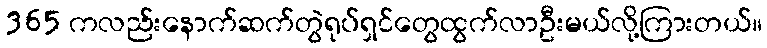
365 ကလည်းနောက်ဆက်တွဲရုပ်ရှင်တွေထွက်လာဦးမယ်လို့ကြားတယ်။